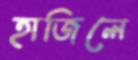
হাজিলে